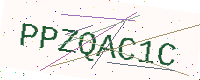
Text: PPZQAC1C